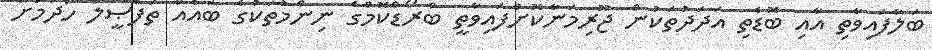
ބަލާފައިވާތި އާއި ބޮޑެތި އަދަދުތަކުން ޖޫރިމަނާކޮށްފައިވާތީ ބްރޯޑްކޮމްގެ ނިންމުތަކުގެ ބައެއް ތަފްޞީލް ހޯދުމަށް